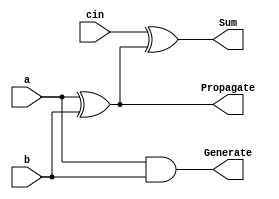
`timescale 1ns / 1ps
//////////////////////////////////////////////////////////////////////////////////
// Company: 
// Engineer: 
// 
// Design Name: 
// Module Name: propagate_and_generate
// Project Name: 
// Target Devices: 
// Tool Versions: 
// Description: 
// 
// Dependencies: 
// 
// Revision:
// Revision 0.01 - File Created
// Additional Comments:
// 
//////////////////////////////////////////////////////////////////////////////////


module full_adder(
    input a,
    input b,
    input cin,
    output reg Propagate,
    output reg Generate,
    output reg Sum
    );

always@*
begin
    Propagate = a ^ b;
    Generate = a & b;    
    Sum = cin ^ (a ^ b);
end

endmodule